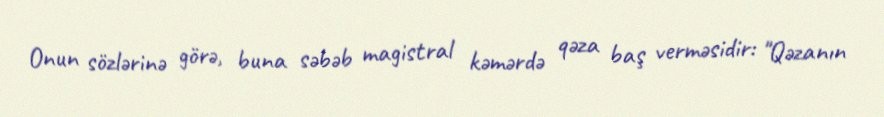
Onun sözlərinə görə, buna səbəb magistral kəmərdə qəza baş verməsidir: "Qəzanın